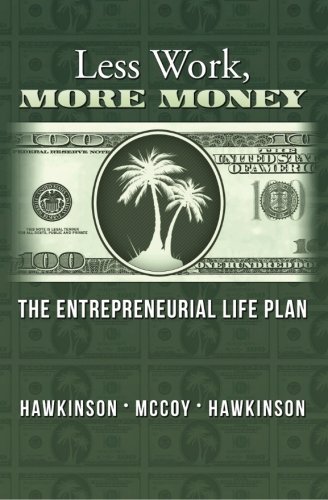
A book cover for Less Work, More Money: The Entrepreneurial Life Plan; Matt Hawkinson; Business & Money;